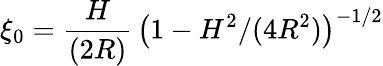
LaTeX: \xi_{0}=\frac{H}{(2R)}\, \big(1-H^{2}/(4R^{2})\big)^{-1/2}